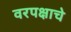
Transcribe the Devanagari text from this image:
वरपक्षाचे